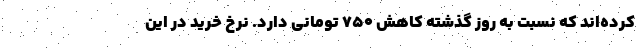
کرده‌اند که نسبت به روز گذشته کاهش ۷۵۰ تومانی دارد. نرخ خرید در این